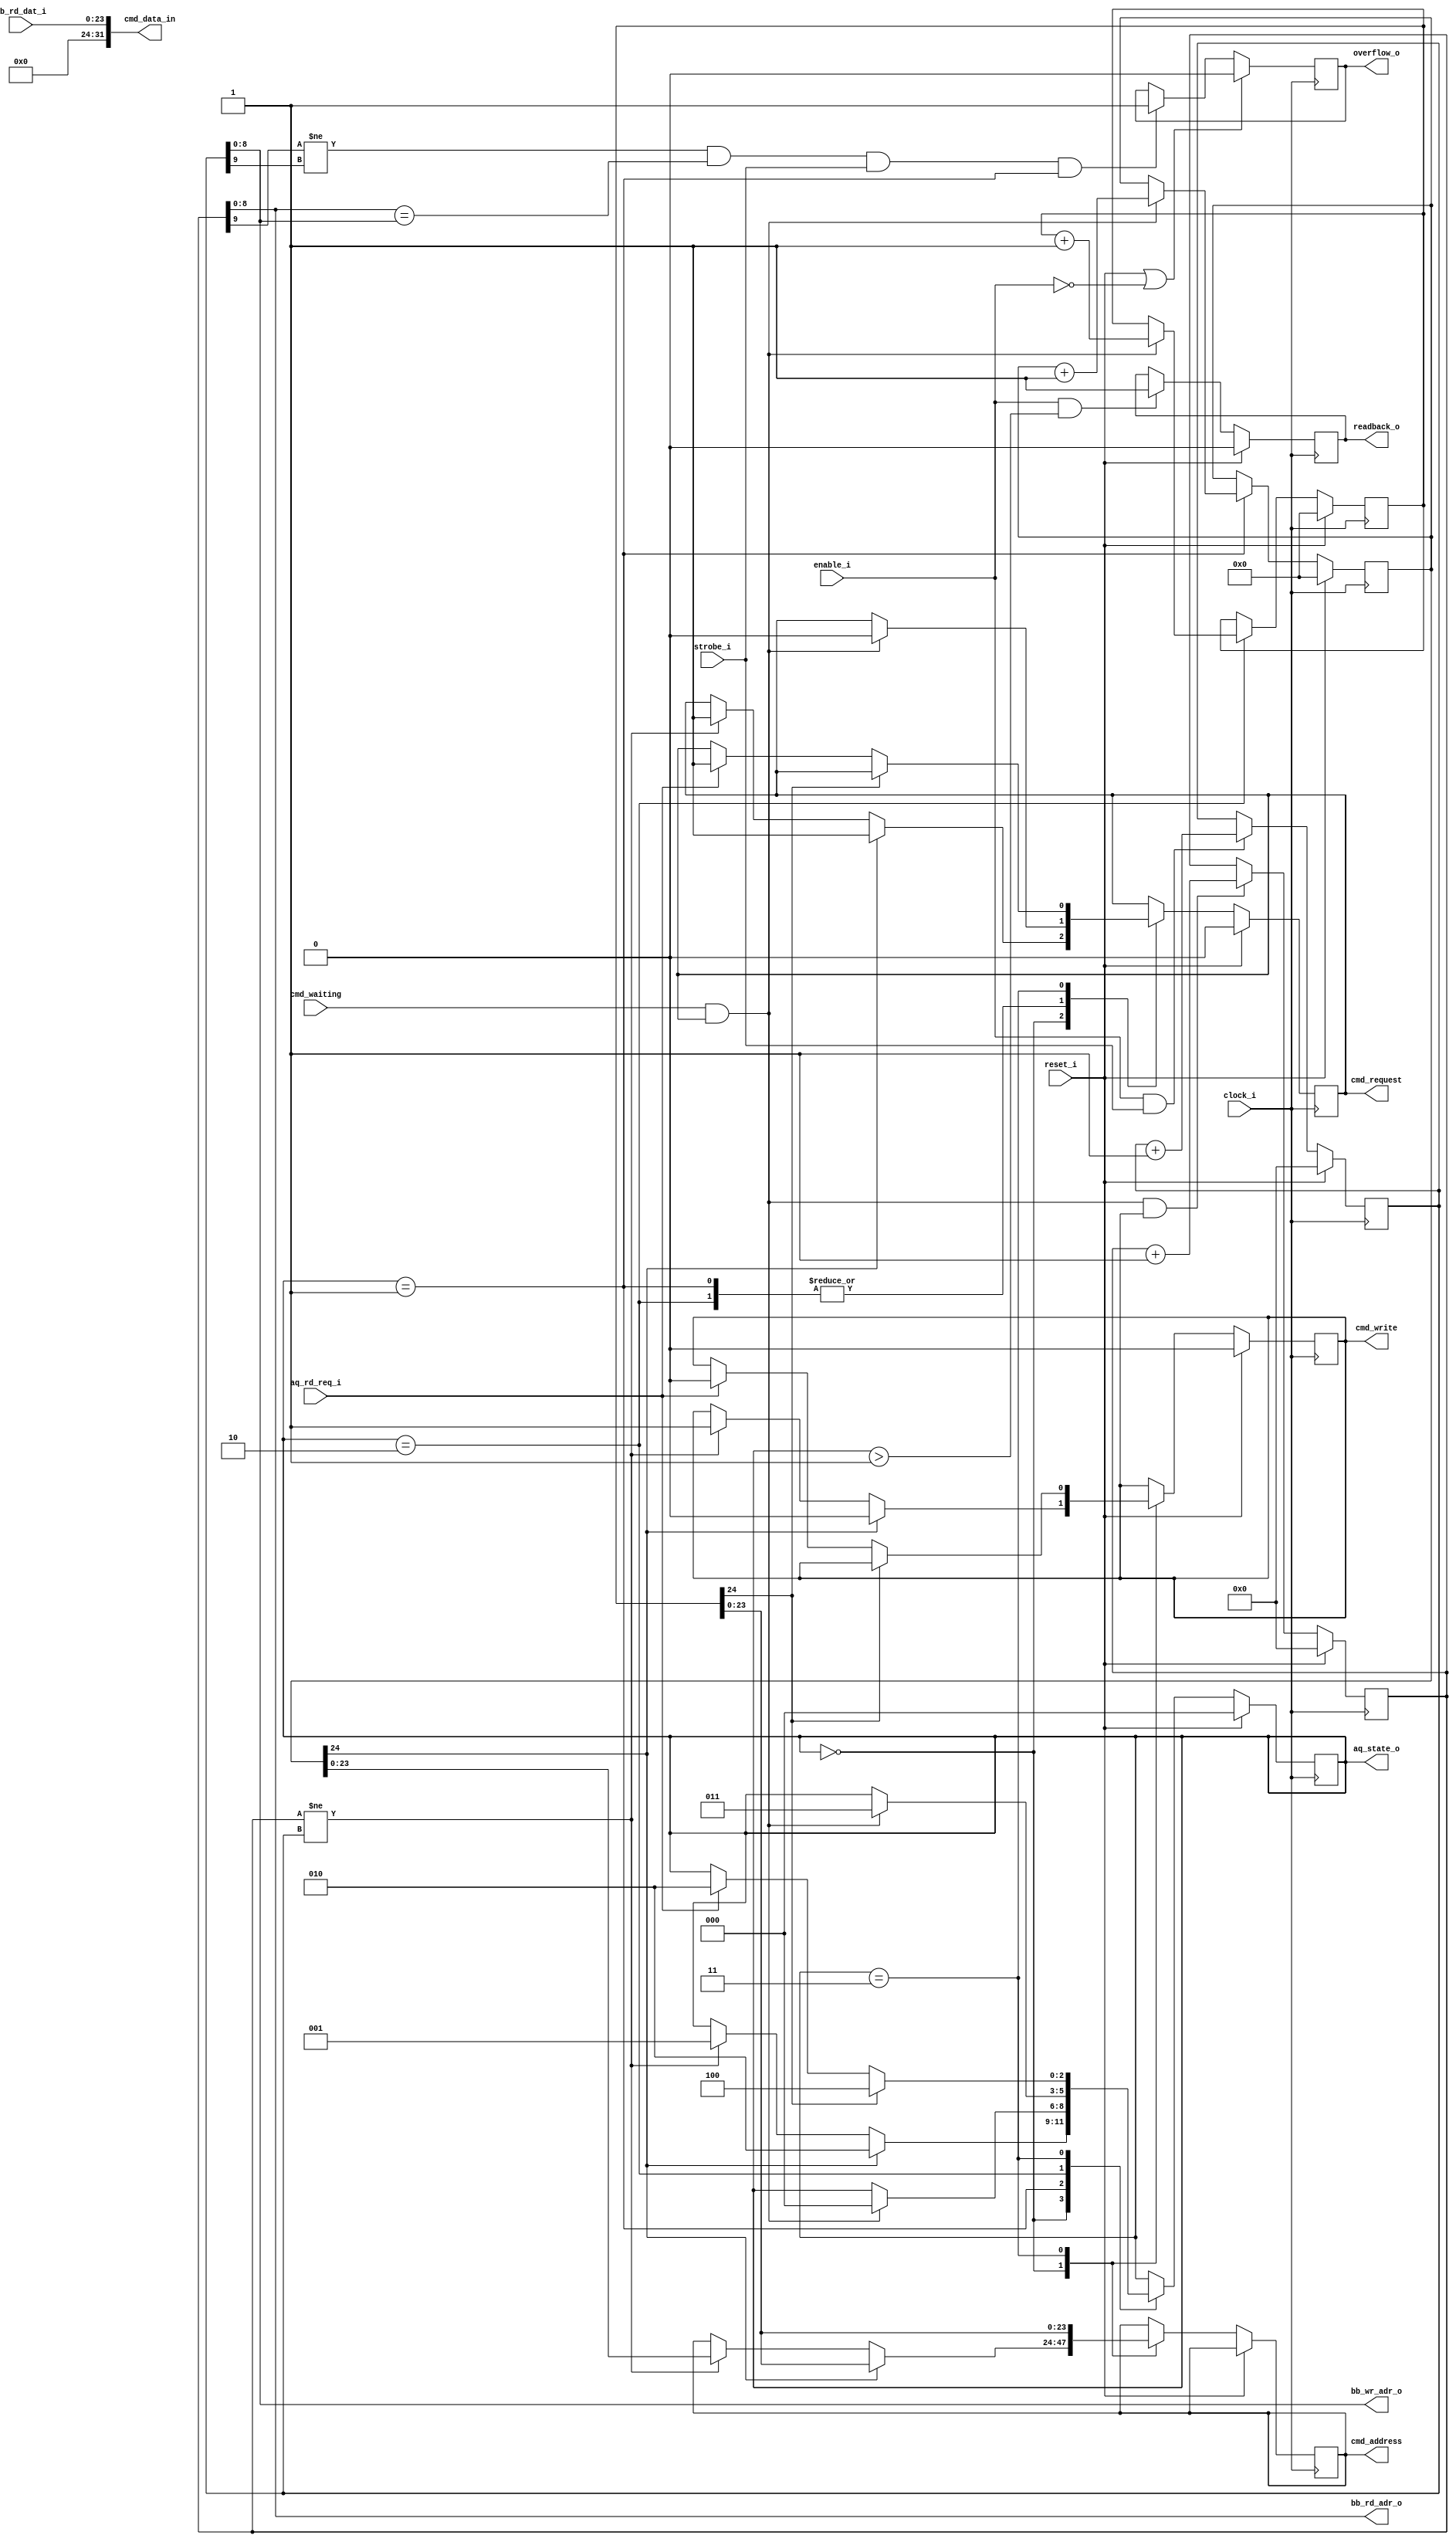
`timescale 1ns/100ps
/*
 * Module      : verilog/acquire/fifo_control.v
 * Copyright   : (C) Tim Molteno     2016
 *             : (C) Max Scheel      2016
 *             : (C) Patrick Suggate 2016
 * License     : LGPL3
 * 
 * Maintainer  : Patrick Suggate <patrick.suggate@gmail.com>
 * Stability   : Experimental
 * Portability : only tested with a Papilio board (Xilinx Spartan VI)
 * 
 * 
 * This file is part of TART.
 * 
 * TART is free software: you can redistribute it and/or modify it under the
 * terms of the GNU Lesser Public License as published by the Free Software
 * Foundation, either version 3 of the License, or (at your option) any later
 * version.
 * 
 * TART is distributed in the hope that it will be useful, but WITHOUT ANY
 * WARRANTY; without even the implied warranty of MERCHANTABILITY or FITNESS
 * FOR A PARTICULAR PURPOSE.  See the GNU Lesser Public License for more
 * details.
 * 
 * You should have received a copy of the GNU Lesser Public License along with
 * TART.  If not, see <http://www.gnu.org/licenses/>.
 * 
 * 
 * Description:
 * Forwards data from the raw-data FIFO to the DRAM, and then controls the
 * DRAM read-back, once it has filled up.
 * 
 * NOTE:
 * 
 * TODO:
 * 
 * Changelog:
 *  + 04/12/2016  --  asynchronous resets changed to synchronous resets;
 * 
 */


//----------------------------------------------------------------------------
//  States for raw-data acquisition, and read-back.
//----------------------------------------------------------------------------
`define AQ_WAITING   3'd0
`define AQ_BUFFERING 3'd1
`define AQ_READBACK  3'd2
`define AQ_IDLE      3'd3
`define AQ_FINISHED  3'd4


module fifo_control
  #(parameter SDRAM_ADDRESS_WIDTH = 25,
    parameter ASB   = SDRAM_ADDRESS_WIDTH-2,
    parameter CSB   = SDRAM_ADDRESS_WIDTH-1,
    parameter DELAY = 3)
   (
    input              clock_i,
    input              reset_i,
    input              enable_i,
    input              strobe_i,

    output [8:0]       bb_rd_adr_o,
    output [8:0]       bb_wr_adr_o,
    input [23:0]       bb_rd_dat_i,

    input              aq_rd_req_i,

    input              cmd_waiting,
    output reg         cmd_request = 1'b0,
    output reg         cmd_write = 1'b0,
    output reg [ASB:0] cmd_address = {CSB{1'b0}},
    output [31:0]      cmd_data_in,

    output reg         overflow_o = 1'b0,
    output reg         readback_o = 1'b0,
    output [2:0]       aq_state_o
    );


   //-------------------------------------------------------------------------
   //  Address pointers.
   //-------------------------------------------------------------------------
   //  SDRAM address pointers.
   //  NOTE: 1-bit bigger than needed.
   reg [CSB:0]         sdram_wr_ptr = {SDRAM_ADDRESS_WIDTH{1'b0}};
   reg [CSB:0]         sdram_rd_ptr = {SDRAM_ADDRESS_WIDTH{1'b0}};

   //-------------------------------------------------------------------------
   //  FIFO address pointers.
   //  NOTE: The extra MSB is for overflow detection.
   reg [9:0]           bb_rd_adr = 10'h0, bb_wr_adr = 10'h0;
   wire [10:0]         bb_wr_nxt, bb_rd_nxt;
   wire                bb_empty_n, bb_full;
   reg [2:0]           aq_state = `AQ_WAITING;
   wire                cmd_accept;

   //-------------------------------------------------------------------------
   //  FIFO signal assignments.
   //-------------------------------------------------------------------------
   assign bb_rd_nxt   = bb_rd_adr + 1;
   assign bb_wr_nxt   = bb_wr_adr + 1;
   assign bb_empty_n  = bb_rd_adr != bb_wr_adr;
   assign bb_full     = bb_rd_adr[9] != bb_wr_adr[9] &&
                        bb_rd_adr[8:0] == bb_wr_adr[8:0];

   //-------------------------------------------------------------------------
   //  A MCB command-signal assignments.
   assign cmd_accept  = cmd_waiting && cmd_request;

   //-------------------------------------------------------------------------
   //  Output assignments.
   assign bb_rd_adr_o = bb_rd_adr[8:0];
   assign bb_wr_adr_o = bb_wr_adr[8:0];
   assign cmd_data_in = bb_rd_dat_i;
   assign aq_state_o  = aq_state;


   //-------------------------------------------------------------------------
   //  FIFO write-address logic.
   //-------------------------------------------------------------------------
   always @(posedge clock_i)
     if (reset_i)
       bb_wr_adr <= #DELAY 10'h0;
     else if (enable_i && strobe_i)
       bb_wr_adr <= #DELAY bb_wr_nxt[9:0];


   //-------------------------------------------------------------------------
   //  FIFO read-address logic.
   //-------------------------------------------------------------------------
   always @(posedge clock_i)
     if (reset_i)
       bb_rd_adr <= #DELAY 10'h0;
     else if (cmd_accept && cmd_write)
       bb_rd_adr <= #DELAY bb_rd_nxt[9:0];


   //-------------------------------------------------------------------------
   //  FIFO state & control signals.
   //-------------------------------------------------------------------------
   //  Assert availability for read-backs, once the buffering has completed.
   always @(posedge clock_i)
     if (reset_i)
       readback_o <= #DELAY 1'b0;
     else if (enable_i && aq_state > 1)
       readback_o <= #DELAY 1'b1;

   //-------------------------------------------------------------------------
   //  Assert overflow if write is attempted while full.
   always @(posedge clock_i)
     if (reset_i || !enable_i)
       overflow_o <= #DELAY 1'b0;
     else if (bb_full && strobe_i && aq_state == `AQ_BUFFERING)
       overflow_o <= #DELAY 1'b1;


   //-------------------------------------------------------------------------
   //  Raw-data acquisition, and read-back, state-machine.
   //-------------------------------------------------------------------------
   always @(posedge clock_i)
     if (reset_i) begin
        sdram_wr_ptr <= #DELAY 0; // 1 bit bigger than needed.
        sdram_rd_ptr <= #DELAY 0; // 1 bit bigger than needed.
        cmd_request  <= #DELAY 1'b0;
        cmd_write    <= #DELAY 1'b0;
        aq_state     <= #DELAY `AQ_WAITING;
     end
     else
       case (aq_state)
         `AQ_WAITING: begin
            if (sdram_wr_ptr[SDRAM_ADDRESS_WIDTH-1]) begin
               cmd_request <= #DELAY 1'b1;
               cmd_write   <= #DELAY 1'b0;
               cmd_address <= #DELAY sdram_rd_ptr[SDRAM_ADDRESS_WIDTH-2:0];
               aq_state    <= #DELAY `AQ_READBACK;
            end
            else if (bb_empty_n) begin
               cmd_request <= #DELAY 1'b1;
               cmd_write   <= #DELAY 1'b1;
               cmd_address <= #DELAY sdram_wr_ptr[SDRAM_ADDRESS_WIDTH-2:0];
               aq_state    <= #DELAY `AQ_BUFFERING;
            end
         end // case: `AQ_WAITING

         `AQ_BUFFERING: begin
            if (cmd_accept) begin
               cmd_request  <= #DELAY 1'b0;
               sdram_wr_ptr <= #DELAY sdram_wr_ptr + 1'b1;
               aq_state     <= #DELAY `AQ_WAITING;
            end
         end // case: `AQ_BUFFERING

         `AQ_READBACK: begin
            if (cmd_accept) begin
               cmd_request  <= #DELAY 1'b0;
               sdram_rd_ptr <= #DELAY sdram_rd_ptr + 1'b1;
               aq_state     <= #DELAY `AQ_IDLE;
            end
         end // case: `AQ_READBACK

         `AQ_IDLE: begin
            cmd_address <= #DELAY sdram_rd_ptr[SDRAM_ADDRESS_WIDTH-2:0];
            if (sdram_rd_ptr[SDRAM_ADDRESS_WIDTH-1])
              aq_state <= #DELAY `AQ_FINISHED;
            else if (aq_rd_req_i) begin
               cmd_request <= #DELAY 1'b1;
               cmd_write   <= #DELAY 1'b0;
               cmd_address <= #DELAY sdram_rd_ptr[SDRAM_ADDRESS_WIDTH-2:0];
               aq_state    <= #DELAY `AQ_READBACK;
            end
         end // case: `AQ_IDLE

         `AQ_FINISHED: begin
            $display("Finished.");
         end // case: `AQ_FINISHED

       endcase // case (aq_state)


endmodule // fifo_control